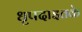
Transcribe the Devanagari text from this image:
धृपदाइतके